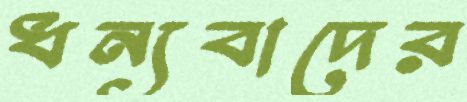
ধন্যবাদের